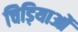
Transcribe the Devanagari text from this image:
चिड़ियाओं